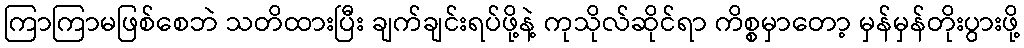
ကြာကြာမဖြစ်စေဘဲ သတိထားပြီး ချက်ချင်းရပ်ဖို့နဲ့ ကုသိုလ်ဆိုင်ရာ ကိစ္စမှာတော့ မှန်မှန်တိုးပွားဖို့